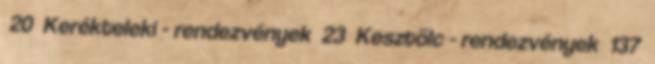
20 Kerékteleki - rendezvények 23 Kesztölc - rendezvények 137